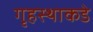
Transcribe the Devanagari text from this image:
गृहस्थाकडे